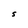
Character: S